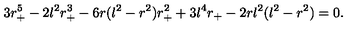
3 r _ { + } ^ { 5 } - 2 l ^ { 2 } r _ { + } ^ { 3 } - 6 r ( l ^ { 2 } - r ^ { 2 } ) r _ { + } ^ { 2 } + 3 l ^ { 4 } r _ { + } - 2 r l ^ { 2 } ( l ^ { 2 } - r ^ { 2 } ) = 0 .